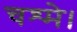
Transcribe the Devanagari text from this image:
चश्मे।